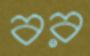
বর